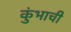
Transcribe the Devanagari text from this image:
कुंभाची